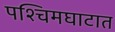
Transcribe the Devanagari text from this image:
पश्चिमघाटात